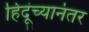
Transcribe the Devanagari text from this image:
हिंदूंच्यानंतर